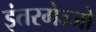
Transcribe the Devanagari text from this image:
इंतरमेज्जो